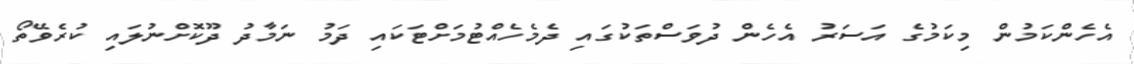
އެހެންކަމުން މިކަމުގެ އަސަރު އެހެން ދުވަސްތަކުގައި ދެމެހެއްޓުމަށްޓަކައި ދަމު ނަމާދު ދޫކޮށްނުލައި ކުރެވޭތޯ